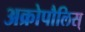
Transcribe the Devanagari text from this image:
अक्रोपौलिस्‌